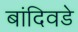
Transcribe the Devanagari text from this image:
बांदिवडे